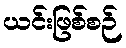
ယင်းဖြစ်စဉ်